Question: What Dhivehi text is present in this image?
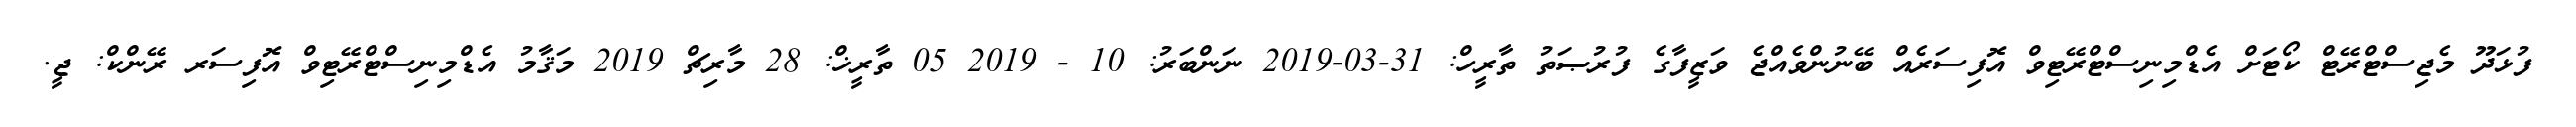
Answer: ފުޅަދޫ މެޖިސްޓްރޭޓް ކޯޓަށް އެޑްމިނިސްޓްރޭޓިވް އޮފިސަރެއް ބޭނުންވެއްޖެ ވަޒީފާގެ ފުރުޞަތު ތާރީހް: 31-03-2019 ނަންބަރު: 10 - 2019 05 ތާރީޚް: 28 މާރިޗް 2019 މަޤާމު އެޑްމިނިސްޓްރޭޓިވް އޮފިސަރ ރޭންކް: ޖީ.